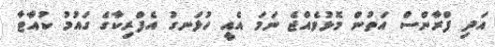
އަދި ފްރާންސް އަތުން މޮޅުވެއްޖެ ނަމަ އެއީ ހުޅަނގު އެފްރިކާގެ ގައުމު ކުއާޓާ